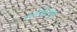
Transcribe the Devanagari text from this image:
फ्लेवेनएड